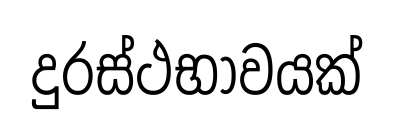
දුරස්ථභාවයක්